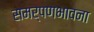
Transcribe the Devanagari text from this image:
समर्पणभावना